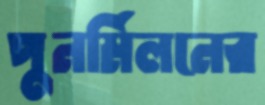
পুনর্মিলনের